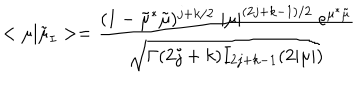
< \mu | \tilde { \mu } _ { I } > = \frac { ( 1 - \tilde { \mu } ^ { * } \tilde { \mu } ) ^ { j + k / 2 } \; | \mu | ^ { ( 2 j + k - 1 ) / 2 } \; e ^ { \mu ^ { * } \tilde { \mu } } } { \sqrt { \Gamma ( 2 j + k ) I _ { 2 j + k - 1 } ( 2 | \mu | ) } }